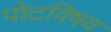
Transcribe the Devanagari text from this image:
पोटविषय